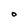
Character: O